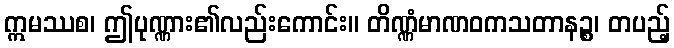
ဣမဿစ၊ ဤပုဏ္ဏား၏လည်းကောင်း။ တိဏ္ဏံမာဏဝကသတာနဉ္စ၊ တပည့်